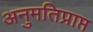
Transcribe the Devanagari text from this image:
अनुमतिप्राप्त